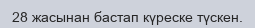
28 жасынан бастап күреске түскен.